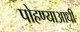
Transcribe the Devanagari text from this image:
पोहण्याआधी